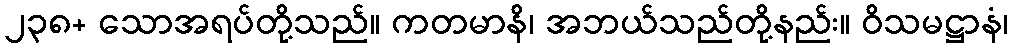
၂၃၈+ သောအရပ်တို့သည်။ ကတမာနိ၊ အဘယ်သည်တို့နည်း။ ဝိသမဋ္ဌာနံ၊